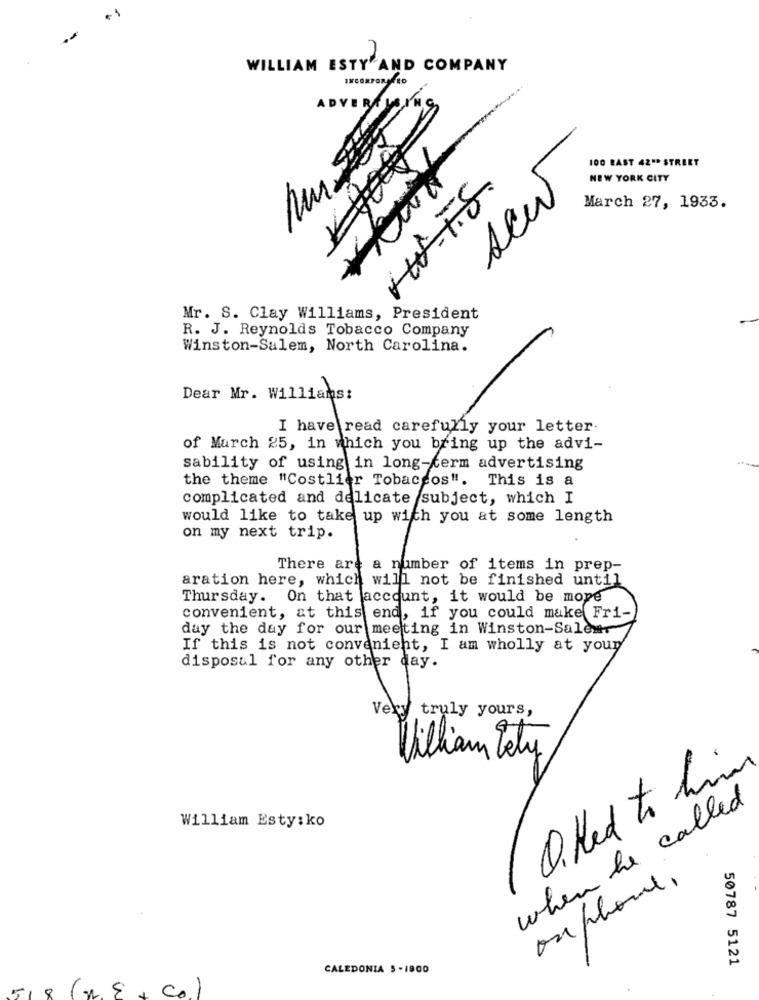
WILLIAM ESTY AND COMPANY
INCORPORATED
ADVER
100 RAST 42"D STREET
NEW YORK CITY
HW-T.S.
sew
March 27, 1933.
Mr. S. Clay Williams, President
R. J. Reynolds Tobacco Company
Winston-Salem, North Carolina.
Dear Mr. Williams:
of March 25, in which you bring up the advi-
the theme "Costlier Tobaccos". This is a
complicated and delicate subject, which I
would like to take up with you at some length
on my next trip.
There are a number of items in prep-
aration here, which will not be finished until
Thursday. On that account, it would be mope
convenient, at this end, if you could make Fri-
day the day for our meeting in Winston-Salem
If this is not convenient, I am wholly at your
disposal for any other day .
Very truly yours,
Villian Lety
1 0. Hed to him
when he called
William Esty: ko
ou phone.
50787 5121
CALEDONIA 5 -1900
518
C